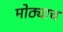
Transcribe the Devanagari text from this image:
मोठ्याच